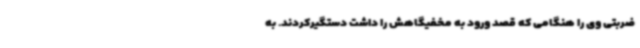
ضربتی وی را هنگامی که قصد ورود به مخفیگاهش را داشت دستگیرکردند. به